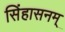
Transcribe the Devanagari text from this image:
सिंहासनम्